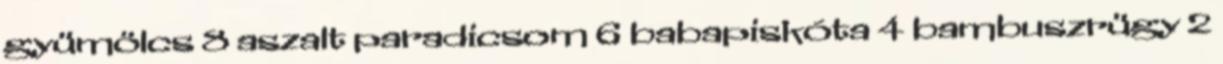
gyümölcs 8 aszalt paradicsom 6 babapiskóta 4 bambuszrügy 2